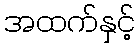
အထက်နှင့်